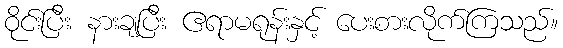
ဝိုင်းပြီး နားချပြီး ဧရာမရုန်းနှင့် ပေးစားလိုက်ကြသည်။